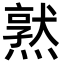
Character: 𪹱